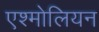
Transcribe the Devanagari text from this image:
एश्मोलियन